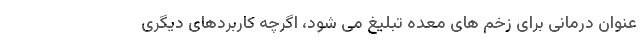
عنوان درمانی برای زخم های معده تبلیغ می شود، اگرچه کاربردهای دیگری